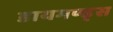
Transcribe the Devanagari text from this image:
डायमण्ड्स